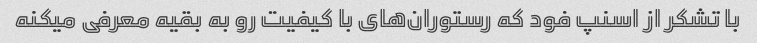
با تشکر از اسنپ فود که رستوران‌های با کیفیت رو به بقیه معرفی میکنه